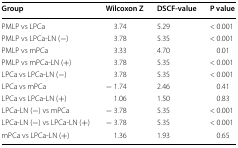
<table><thead><tr><td><b>Group</b></td><td><b>Wilcoxon Z</b></td><td><b>DSCF-value</b></td><td><b>P value</b></td></tr></thead><tbody><tr><td>PMLP vs LPCa</td><td>3.74</td><td>5.29</td><td>&lt; 0.001</td></tr><tr><td>PMLP vs LPCa-LN (−)</td><td>3.78</td><td>5.35</td><td>&lt; 0.001</td></tr><tr><td>PMLP vs mPCa</td><td>3.33</td><td>4.70</td><td>0.01</td></tr><tr><td>PMLP vs mPCa-LN (+)</td><td>3.78</td><td>5.35</td><td>&lt; 0.001</td></tr><tr><td>LPCa vs LPCa-LN (−)</td><td>3.78</td><td>5.35</td><td>&lt; 0.001</td></tr><tr><td>LPCa vs mPCa</td><td>− 1.74</td><td>2.46</td><td>0.41</td></tr><tr><td>LPCa vs LPCa-LN (+)</td><td>1.06</td><td>1.50</td><td>0.83</td></tr><tr><td>LPCa-LN (−) vs mPCa</td><td>− 3.78</td><td>5.35</td><td>&lt; 0.001</td></tr><tr><td>LPCa-LN (−) vs LPCa-LN (+)</td><td>− 3.78</td><td>5.35</td><td>&lt; 0.001</td></tr><tr><td>mPCa vs LPCa-LN (+)</td><td>1.36</td><td>1.93</td><td>0.65</td></tr></tbody></table>